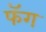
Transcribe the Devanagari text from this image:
फॅग